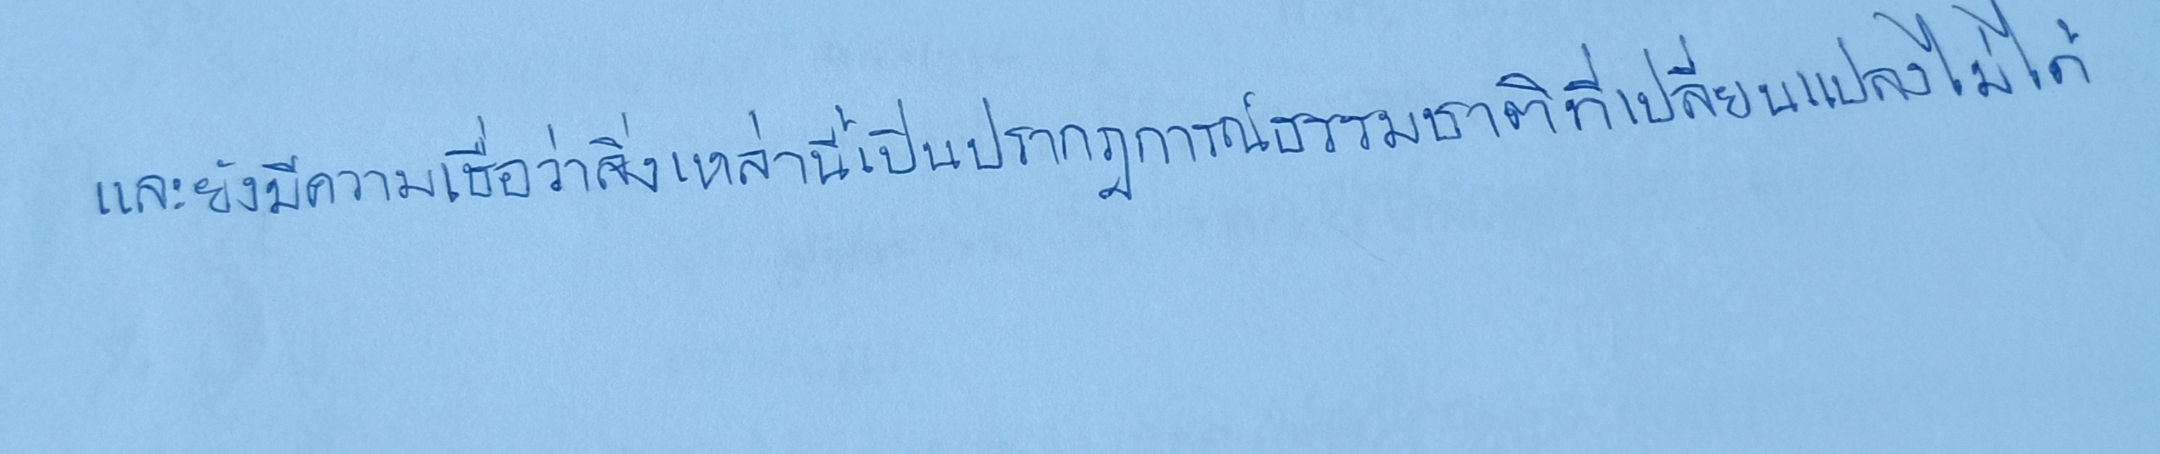
และยังมีความเชื่อว่าสิ่งเหล่านี้เป็นปรากฏการณ์ตามธรรมชาติที่เปลี่ยนแปลงไม่ได้